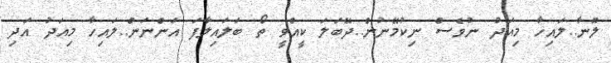
ލޫނާ..ލައިހާ މިއަދު ނުވެސް ނިކުމޭނުން..ދޭބަލަ ކީއްވީ ތޯ ބަލައިލާފަ އަންނަން..ލައިހާ މިއަދު އަދި